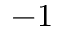
- 1